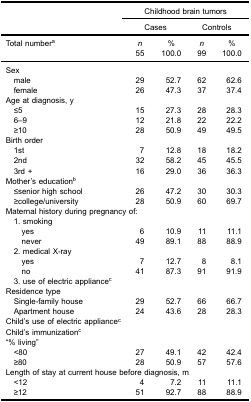
|  | <COLSPAN=4> Childhood brain tumors |
 |  | <COLSPAN=2> Cases | <COLSPAN=2> Controls |
 | --- | --- | --- | --- | --- |
 | Total numbera | n | % | n | % |
 |  | 55 | 100.0 | 99 | 100.0 |
 | Sex |  |  |  |  |
 | male | 29 | 52.7 | 62 | 62.6 |
 | female | 26 | 47.3 | 37 | 37.4 |
 | Age at diagnosis, y |  |  |  |  |
 | ≤5 | 15 | 27.3 | 28 | 28.3 |
 | 6–9 | 12 | 21.8 | 22 | 22.2 |
 | ≥10 | 28 | 50.9 | 49 | 49.5 |
 | Birth order |  |  |  |  |
 | 1st | 7 | 12.8 | 18 | 18.2 |
 | 2nd | 32 | 58.2 | 45 | 45.5 |
 | 3rd + | 16 | 29.0 | 36 | 36.3 |
 | Mother’s educationb |  |  |  |  |
 | ≤senior high school | 26 | 47.2 | 30 | 30.3 |
 | ≥college/university | 28 | 50.9 | 60 | 69.7 |
 | <COLSPAN=5> Maternal history during pregnancy of: |
 | 1. smoking |  |  |  |  |
 | yes | 6 | 10.9 | 11 | 11.1 |
 | never | 49 | 89.1 | 88 | 88.9 |
 | 2. medical X-ray |  |  |  |  |
 | yes | 7 | 12.7 | 8 | 8.1 |
 | no | 41 | 87.3 | 91 | 91.9 |
 | 3. use of electric appliancec |  |  |  |  |
 | Residence type |  |  |  |  |
 | Single-family house | 29 | 52.7 | 66 | 66.7 |
 | Apartment house | 24 | 43.6 | 28 | 28.3 |
 | <COLSPAN=5> Child’s use of electric appliancec |
 | Child’s immunizationc |  |  |  |  |
 | “% living” |  |  |  |  |
 | <80 | 27 | 49.1 | 42 | 42.4 |
 | ≥80 | 28 | 50.9 | 57 | 57.6 |
 | <COLSPAN=5> Length of stay at current house before diagnosis, m |
 | <12 | 4 | 7.2 | 11 | 11.1 |
 | ≥12 | 51 | 92.7 | 88 | 88.9 |